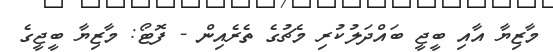
މާޒިޔާ އާއި ބީޖީ ބައްދަލުކުރި މެޗުގެ ތެރެއިން - ފޮޓޯ: މާޒިޔާ ބީޖީގެ